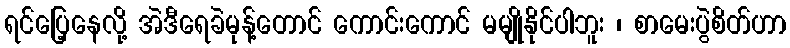
ရင်ပြေ့နေလို့ အဲဒီရေခဲမုန့်တောင် ကောင်းကောင် မမျိုနိုင်ပါဘူး ၊ စာမေးပွဲစိတ်ဟာ